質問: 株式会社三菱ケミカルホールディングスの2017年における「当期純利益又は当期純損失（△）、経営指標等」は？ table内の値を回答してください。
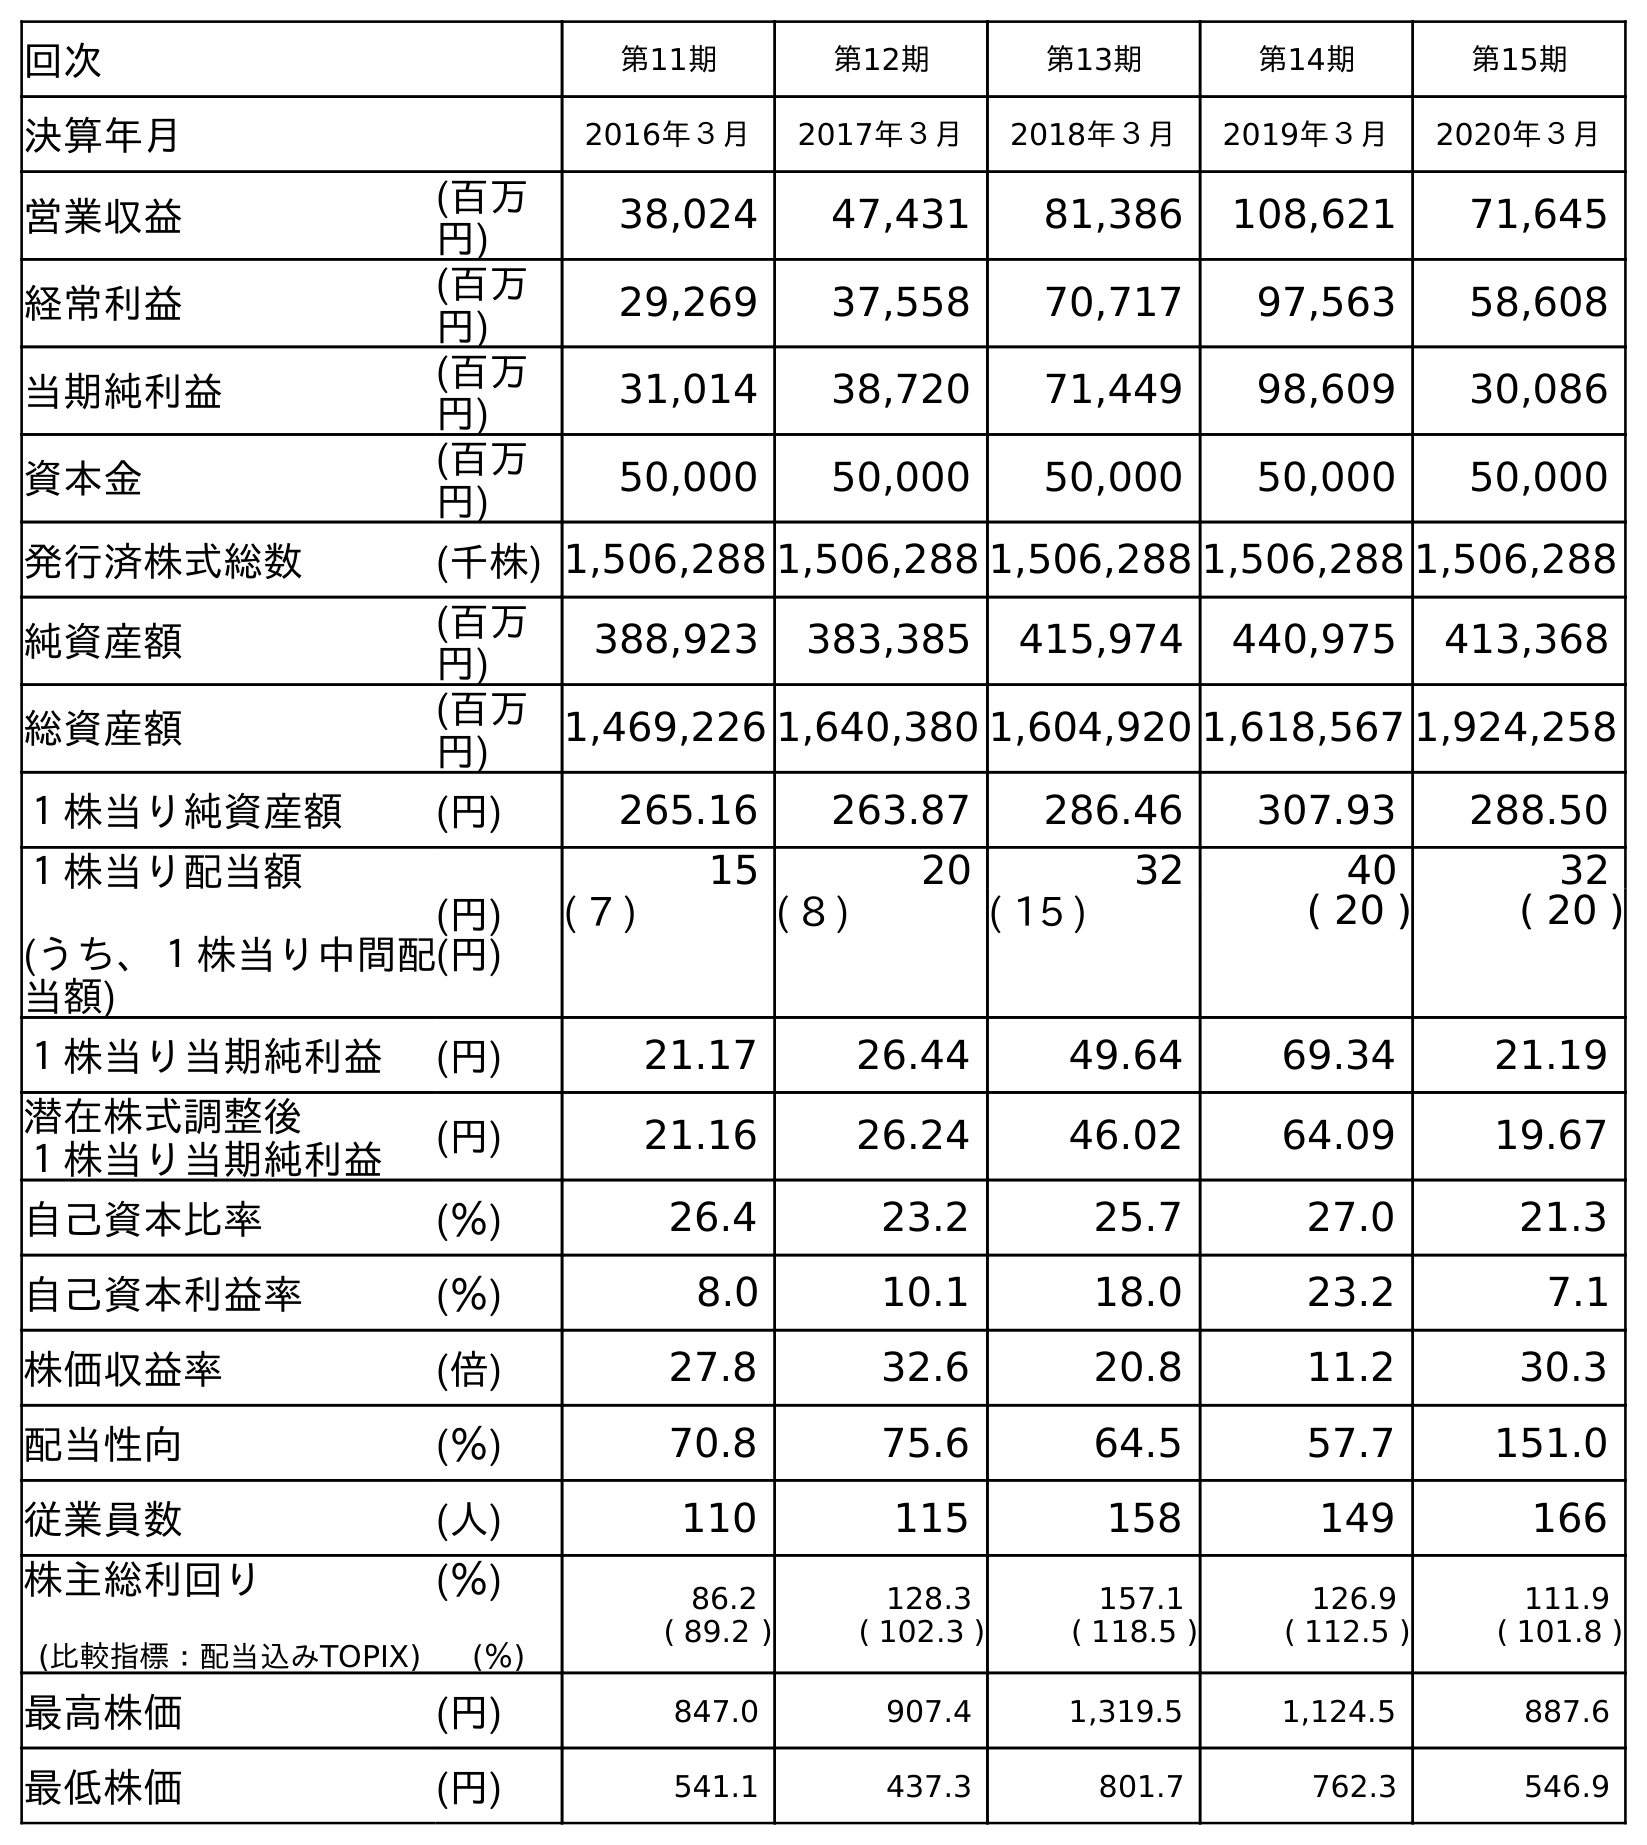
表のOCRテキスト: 回次 第11期 第12期 第13期 第14期 第15期 決算年月 2016年３月 2017年３月 2018年３月 2019年３月 2020年３月 営業収益 (百万 円) 38,024 47,431 81,386 108,621 71,645 経常利益 (百万 円) 29,269 37,558 70,717 97,563 58,608 当期純利益 (百万 円) 31,014 38,720 71,449 98,609 30,086 資本金 (百万 円) 50,000 50,000 50,000 50,000 50,000 発行済株式総数 (千株) 1,506,288 1,506,288 1,506,288 1,506,288 1,506,288 純資産額 (百万 円) 388,923 383,385 415,974 440,975 413,368 総資産額 (百万 円) 1,469,226 1,640,380 1,604,920 1,618,567 1,924,258 １株当り純資産額 (円) 265.16 263.87 286.46 307.93 288.50 １株当り配当額 (うち、１株当り中間配 当額) (円) (円) 15 20 32 40 32 ( 7 ) ( 8 ) ( 15 ) ( 20 ) ( 20 ) １株当り当期純利益 (円) 21.17 26.44 49.64 69.34 21.19 潜在株式調整後 １株当り当期純利益 (円) 21.16 26.24 46.02 64.09 19.67 自己資本比率 (％) 26.4 23.2 25.7 27.0 21.3 自己資本利益率 (％) 8.0 10.1 18.0 23.2 7.1 株価収益率 (倍) 27.8 32.6 20.8 11.2 30.3 配当性向 (％) 70.8 75.6 64.5 57.7 151.0 従業員数 (人) 110 115 158 149 166 株主総利回り (比較指標：配当込みTOPIX) (％) (％) 86.2 ( 89.2 ) 128.3 ( 102.3 ) 157.1 ( 118.5 ) 126.9 ( 112.5 ) 111.9 ( 101.8 ) 最高株価 (円) 847.0 907.4 1,319.5 1,124.5 887.6 最低株価 (円) 541.1 437.3 801.7 762.3 546.9
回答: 38,720